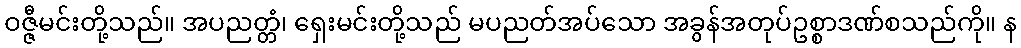
ဝဇ္ဇီမင်းတို့သည်။ အပညတ္တံ၊ ရှေးမင်းတို့သည် မပညတ်အပ်သော အခွန်အတုပ်ဥစ္စာဒဏ်စသည်ကို။ န